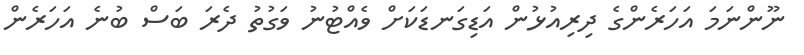
ނޫންނަމަ އަހަރެންގެ ދިރިއުޅުން އަޑިގަނޑަކަށް ވެއްޓުނު ވަގުތު ދެރަ ބަސް ބުނެ އަހަރެން